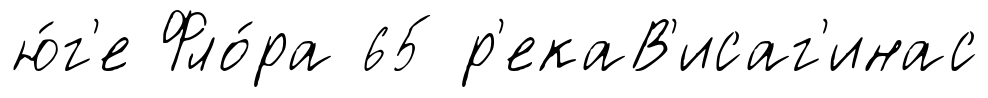
ю́г'е Фло́ра 65 р'екаВ'исаг'инас